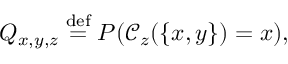
Q _ { x , y , z } \stackrel { \mathrm { d e f } } { = } P ( \mathcal { C } _ { z } ( \{ x , y \} ) = x ) ,